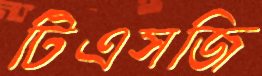
টিএসজি